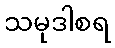
သမုဒါစရ